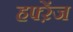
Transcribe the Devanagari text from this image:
हफ्ऱेंज